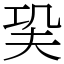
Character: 巬